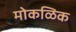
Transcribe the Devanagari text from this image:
मोकळिक